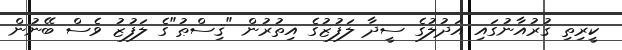
ކީރިތި ޤުރުއާނުގައި އަދުލުގެ ސީދާ ލަފުޒުގެ އިތުރުން "ޤިސްޠު"ގެ ލަފުޒު ވެސް ބޭނުން